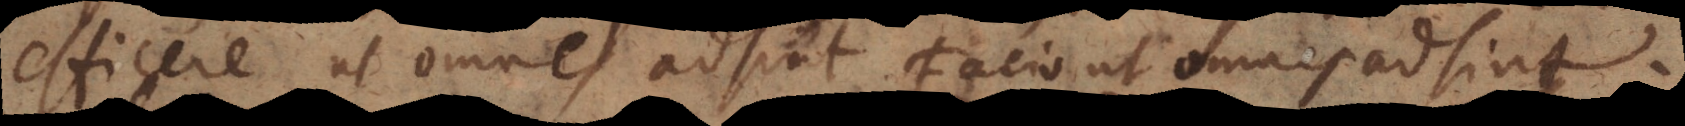
efficere ut omnes adsint. Facio ut omnes adsint.